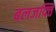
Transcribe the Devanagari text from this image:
बलजफ्ति